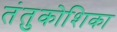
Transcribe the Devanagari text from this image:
तंतुकोशिका